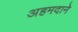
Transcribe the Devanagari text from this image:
अहमदाने